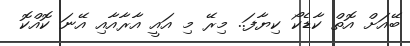
ބޭއަށް އޮތް ކާޑެކޯ ކިޔާފަ.. މިރޭ މި އައީ އާރާއާއި އޭނަ ކޮއްކޮ